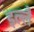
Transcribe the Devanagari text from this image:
इल्लै